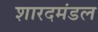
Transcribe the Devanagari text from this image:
शारदमंडल